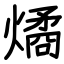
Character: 燏